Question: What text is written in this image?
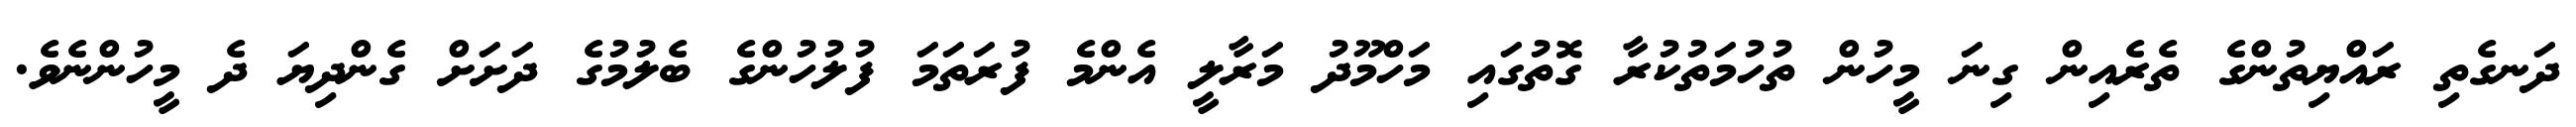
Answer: ދަނގެތި ރައްޔިތުންގެ ތެރެއިން ގިނަ މީހުން ތުހުމަތުކުރާ ގޮތުގައި މަހްމޫދު މަރާލީ އެންމެ ފުރަތަމަ ފުލުހުންގެ ބެލުމުގެ ދަށަށް ގެންދިޔަ ދެ މީހުންނެވެ.